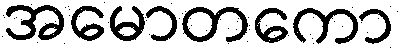
အမောတကော